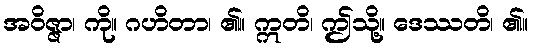
အဝိဇ္ဇာ၊ ကို။ ဂဟိတာ၊ ၏။ ဣတိ၊ ဤသို့။ ဒေဿတိ၊ ၏။